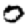
Digit: 0